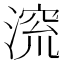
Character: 𪶷